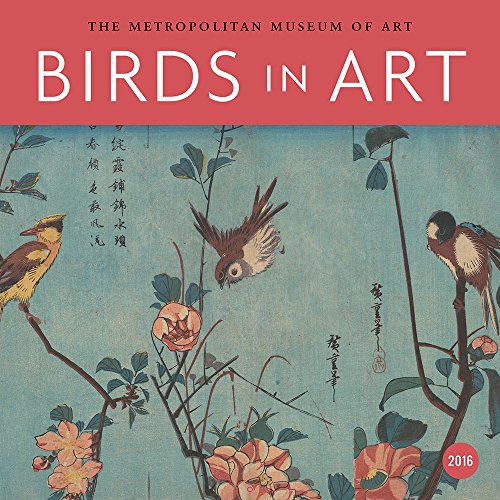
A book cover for Birds in Art 2016 Wall Calendar; Metropolitan Museum Of Art; Calendars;